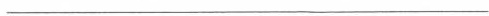
___